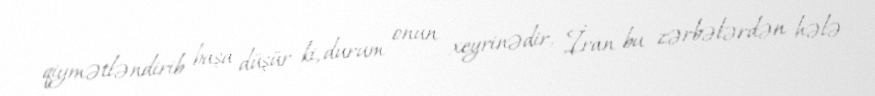
qiymətləndirib başa düşür ki, durum onun xeyrinədir, İran bu zərbələrdən hələ